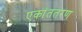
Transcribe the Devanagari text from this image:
एकांततरण